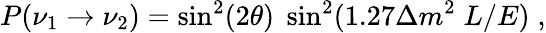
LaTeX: P(\nu_{1}\rightarrow\nu_{2})=\sin^{2}(2\theta)\; \sin^{2}(1.27\Delta m^{2}\; L/E)\; ,